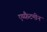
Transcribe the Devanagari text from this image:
एम्फ़ैटमीन